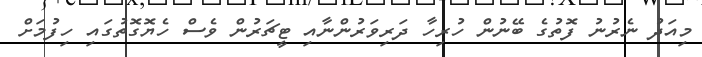
މިއަދު ނެރުނު ފޮތުގެ ބޭނުން ހުރިހާ ދަރިވަރުންނާއި ޓީޗަރުން ވެސް ހެޔޮގޮތުގައި ހިފުމަށް